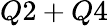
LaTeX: Q2+Q4